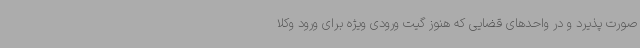
صورت پذیرد و در واحدهای قضایی که هنوز گیت ورودی ویژه برای ورود وکلا